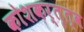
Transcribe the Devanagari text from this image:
कोशकर्तृत्व